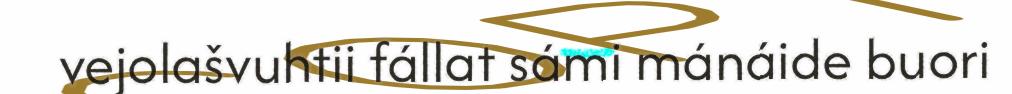
vejolašvuhtii fállat sámi mánáide buori